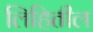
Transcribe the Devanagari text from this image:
लिहितील